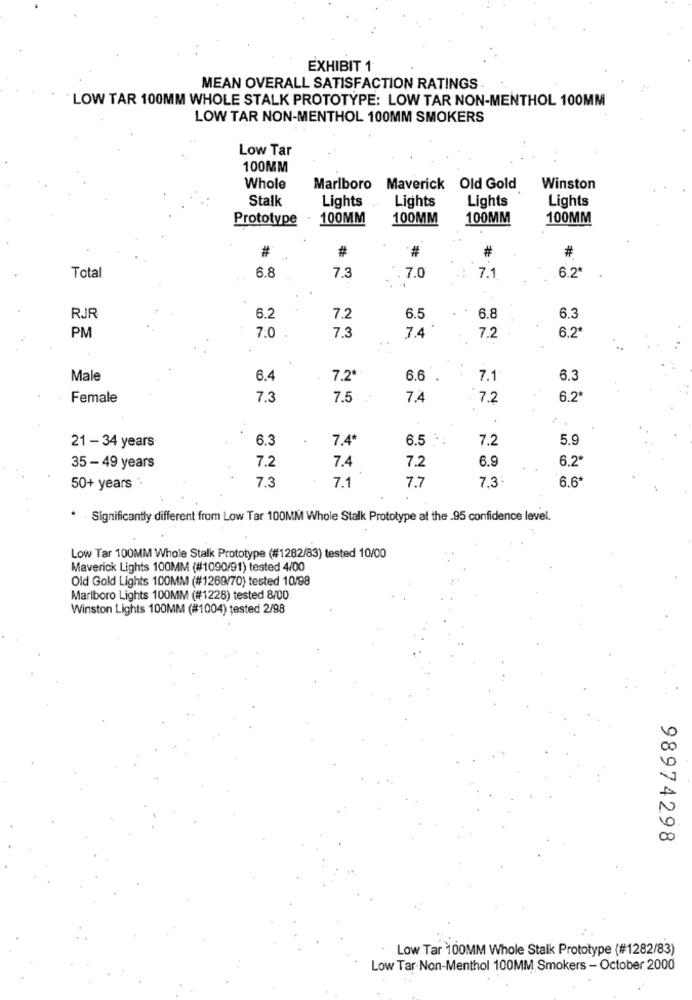
EXHIBIT 1
MEAN OVERALL SATISFACTION RATINGS
LOW TAR 100MM WHOLE STALK PROTOTYPE: LOW TAR NON-MENTHOL 100MM
LOW TAR NON-MENTHOL 100MM SMOKERS
Low Tar
100MM
Whole
Marlboro Maverick Old Gold
Winston
Stalk
Lights
Lights
Lights
Lights
Prototype
100MM
100MM
100MM
100MM
#
#
#
#
#
Total
6.8
7.3
. 7.0
7.1
6.2*
RJR
6.2
7.2
6.5
6.8
6.3
PM
7.0
7.3
7.4
7.2
6.2*
Male
6.4
7.2*
6.6
7.1
6.3
Female
7.3
7.5
7.2
7.2
6.2*
21 - 34 years
6.3
7.4*
6.5 *
7.2
5.9
7.2
7.2
6.9
6.2*
35- 49 years
7.4
50+ years .
7.3
7.1
7.7
7.3
6.6
* Significantly different from Low Tar 100MM Whole Stalk Prototype at the .95 confidence level.
Low Tar 100MM Whole Stalk Prototype (#1282/83) tested 10/00
Maverick Lights 100MM (#1090/91) tested 4/00
Old Gold Lights 100MM (#1269/70) tested 10/98
Marlboro Lights 100MM (#1228) tested 8/00
Winston Lights 100MM (#1004) tested 2/98
98974298
. Low Tar 100MM Whole Stalk Prototype (#1282/83)
Low Tar- Non-Menthol 100MM Smokers - October 2000